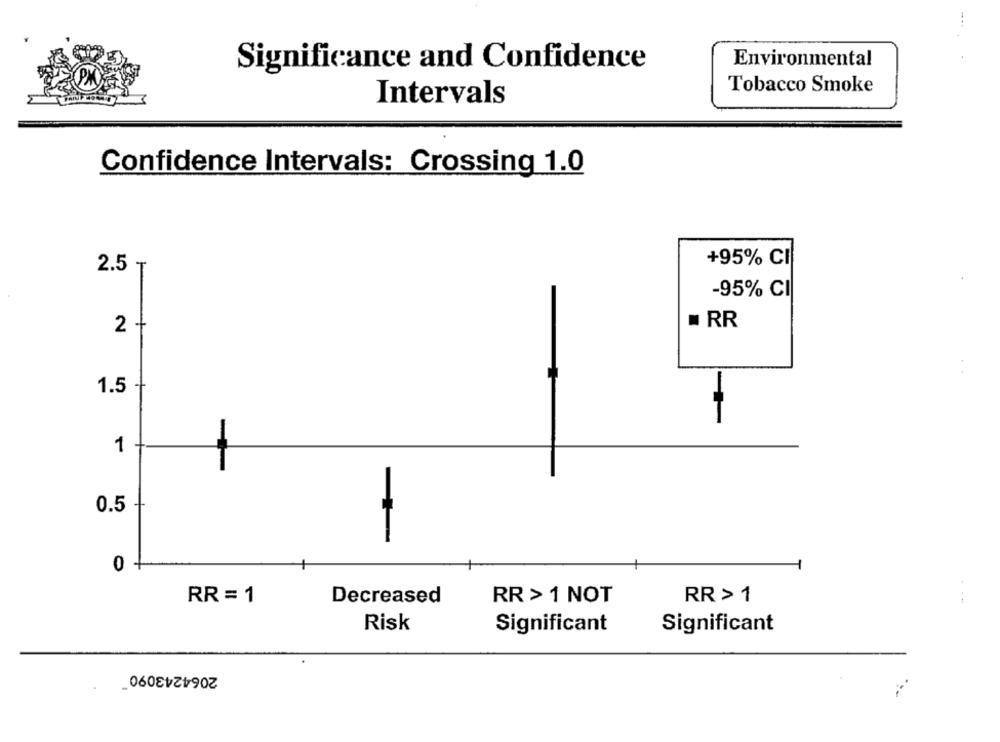
Environmental
Significance and Confidence
Tobacco Smoke
Intervals
Confidence Intervals: Crossing 1.0
2.5 ₸
+95% CI
-95% CI
RR
2 +
I
1.5
1
0.5
1
0
RR = 1
Decreased
RR > 1 NOT
RR > 1
Risk
Significant
Significant
2064243090"